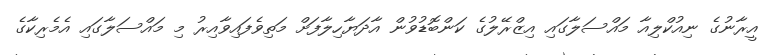
އީރާނުގެ ނިއުކްލިއާ މައްސަލާގައި އިޒްރޭލުގެ ކަންބޮޑުވުން އާދަޔާހިލާފަށް މަތިވެފައިވާއިރު މި މައްސަލާގައި އެމެރިކާގެ